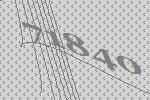
71840